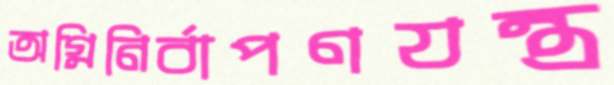
অগ্নিনির্বাপণযন্ত্র